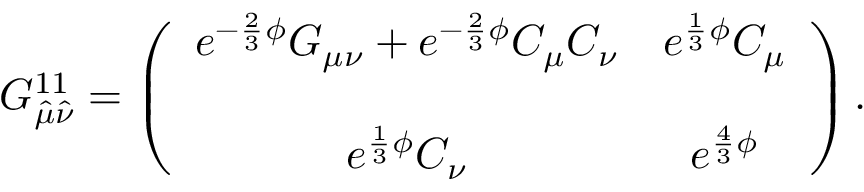
G _ { \hat { \mu } \hat { \nu } } ^ { 1 1 } = \left( \begin{array} { c c } { { e ^ { - \frac { 2 } { 3 } \phi } G _ { \mu \nu } + e ^ { - \frac { 2 } { 3 } \phi } C _ { \mu } C _ { \nu } } } & { { e ^ { \frac { 1 } { 3 } \phi } C _ { \mu } } } \\ { { } } & { { } } \\ { { e ^ { \frac { 1 } { 3 } \phi } C _ { \nu } } } & { { e ^ { \frac { 4 } { 3 } \phi } } } \end{array} \right) .